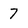
Character: 7